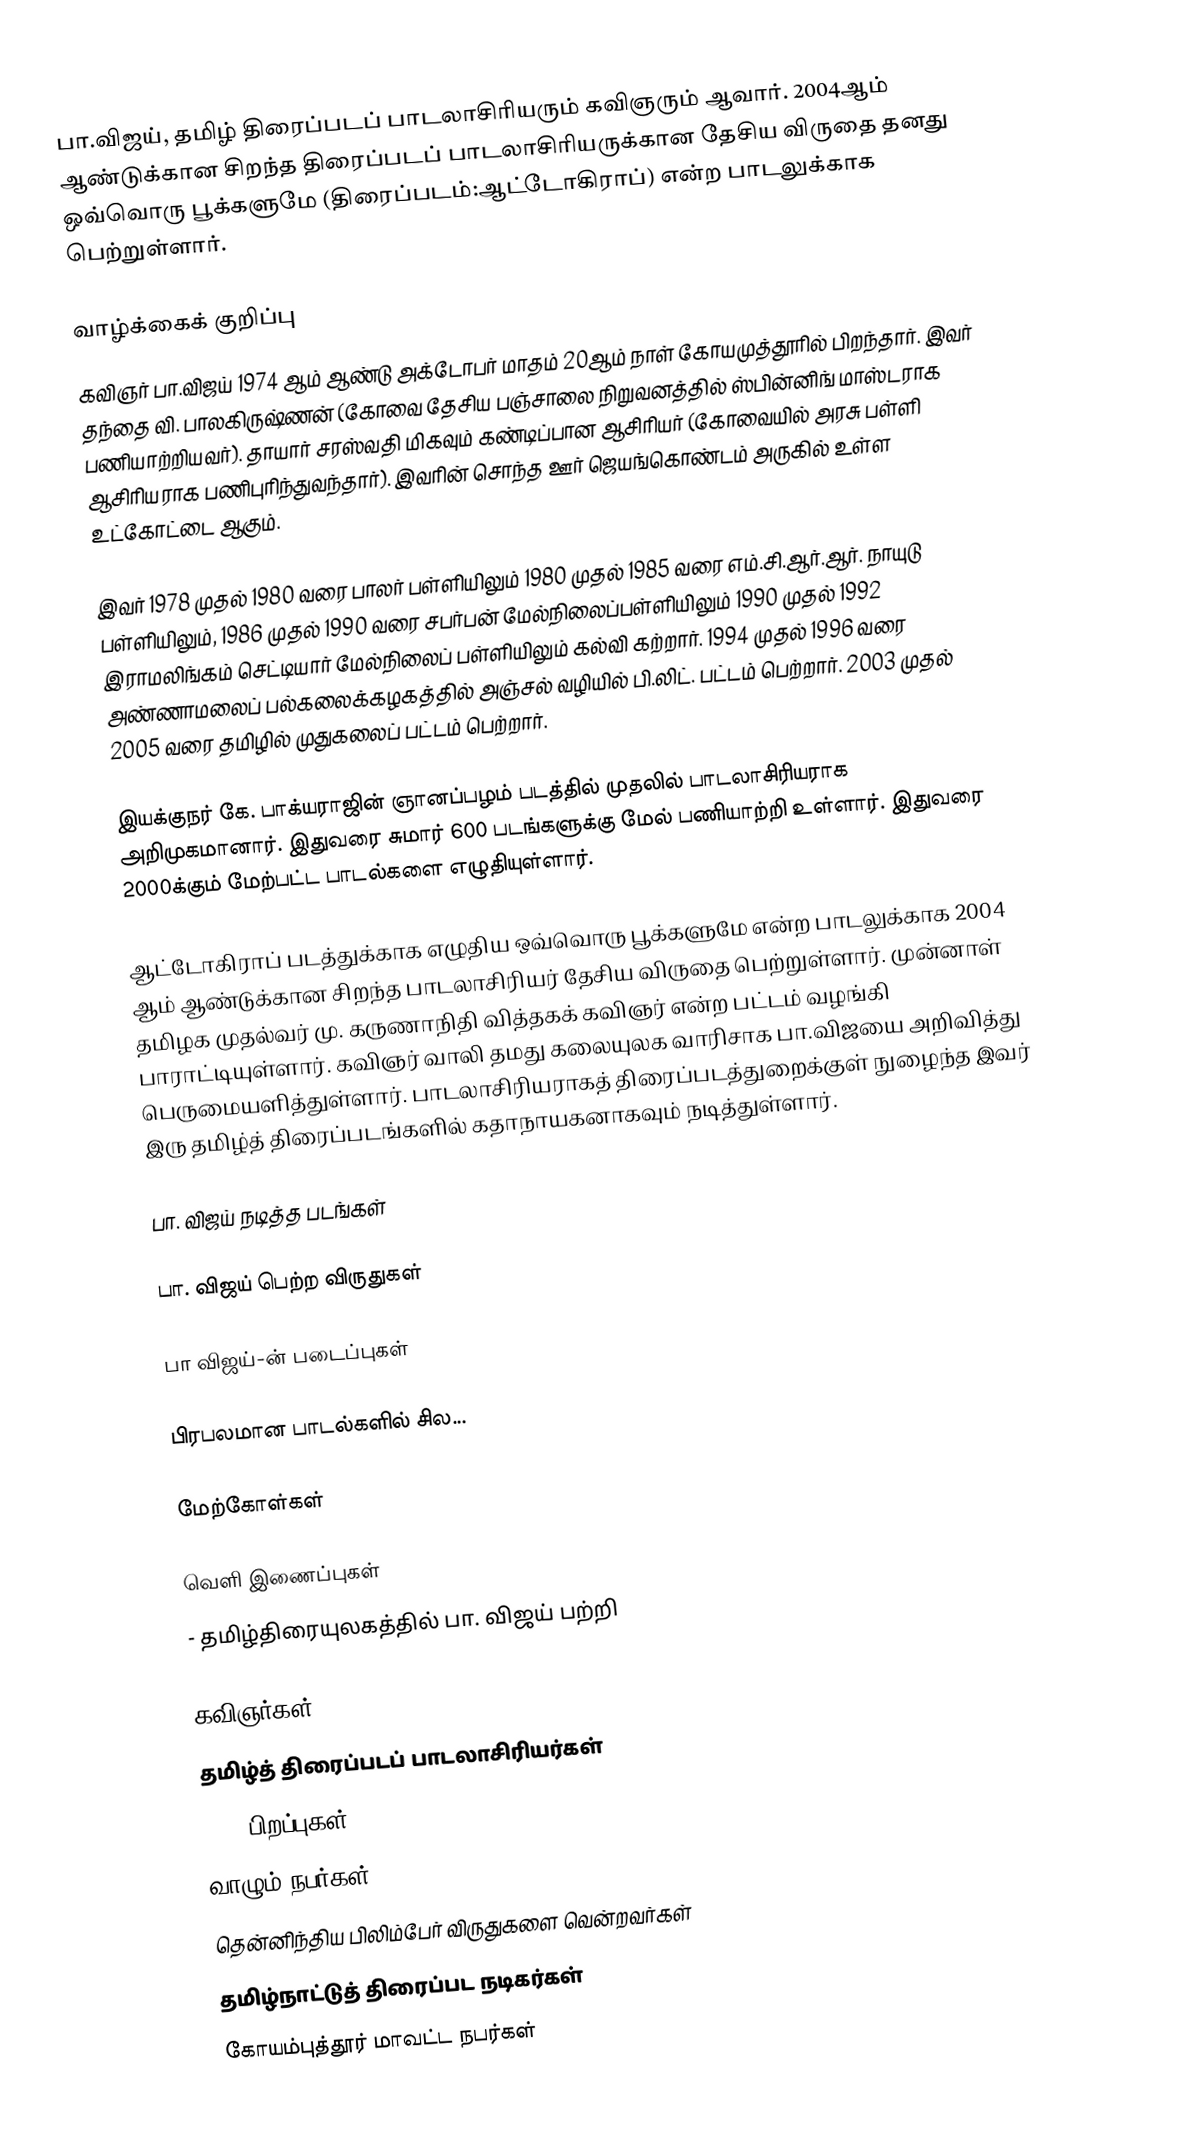
பா.விஜய், தமிழ் திரைப்படப் பாடலாசிரியரும் கவிஞரும் ஆவார். 2004ஆம் ஆண்டுக்கான சிறந்த திரைப்படப் பாடலாசிரியருக்கான தேசிய விருதை தனது ஒவ்வொரு பூக்களுமே (திரைப்படம்:ஆட்டோகிராப்) என்ற பாடலுக்காக பெற்றுள்ளார்.

வாழ்க்கைக் குறிப்பு
கவிஞர் பா.விஜய் 1974 ஆம் ஆண்டு அக்டோபர் மாதம் 20ஆம் நாள் கோயமுத்தூரில் பிறந்தார். இவர் தந்தை வி. பாலகிருஷ்ணன் (கோவை தேசிய பஞ்சாலை நிறுவனத்தில் ஸ்பின்னிங் மாஸ்டராக பணியாற்றியவர்). தாயார் சரஸ்வதி மிகவும் கண்டிப்பான ஆசிரியர் (கோவையில் அரசு பள்ளி ஆசிரியராக பணிபுரிந்துவந்தார்). இவரின் சொந்த ஊர் ஜெயங்கொண்டம் அருகில் உள்ள உட்கோட்டை ஆகும்.

இவர் 1978 முதல் 1980 வரை பாலர் பள்ளியிலும் 1980 முதல் 1985 வரை எம்.சி.ஆர்.ஆர். நாயுடு பள்ளியிலும், 1986 முதல் 1990 வரை சபர்பன் மேல்நிலைப்பள்ளியிலும் 1990 முதல் 1992 இராமலிங்கம் செட்டியார் மேல்நிலைப் பள்ளியிலும் கல்வி கற்றார். 1994 முதல் 1996 வரை அண்ணாமலைப் பல்கலைக்கழகத்தில் அஞ்சல் வழியில் பி.லிட். பட்டம் பெற்றார். 2003 முதல் 2005 வரை தமிழில் முதுகலைப் பட்டம் பெற்றார்.

இயக்குநர் கே. பாக்யராஜின் ஞானப்பழம் படத்தில் முதலில் பாடலாசிரியராக அறிமுகமானார். இதுவரை சுமார் 600 படங்களுக்கு மேல் பணியாற்றி உள்ளார். இதுவரை 2000க்கும் மேற்பட்ட பாடல்களை எழுதியுள்ளார்.

ஆட்டோகிராப் படத்துக்காக எழுதிய ஒவ்வொரு பூக்களுமே என்ற பாடலுக்காக 2004 ஆம் ஆண்டுக்கான சிறந்த பாடலாசிரியர் தேசிய விருதை பெற்றுள்ளார். முன்னாள் தமிழக முதல்வர் மு. கருணாநிதி வித்தகக் கவிஞர் என்ற பட்டம் வழங்கி பாராட்டியுள்ளார். கவிஞர் வாலி தமது கலையுலக வாரிசாக பா.விஜயை அறிவித்து பெருமையளித்துள்ளார். பாடலாசிரியராகத் திரைப்படத்துறைக்குள் நுழைந்த இவர் இரு தமிழ்த் திரைப்படங்களில் கதாநாயகனாகவும் நடித்துள்ளார்.

பா. விஜய் நடித்த படங்கள்

பா. விஜய் பெற்ற விருதுகள்

பா விஜய்-ன் படைப்புகள்

பிரபலமான பாடல்களில் சில...

மேற்கோள்கள்

வெளி இணைப்புகள்
 - தமிழ்திரையுலகத்தில் பா. விஜய் பற்றி

கவிஞர்கள்
தமிழ்த் திரைப்படப் பாடலாசிரியர்கள்
1974 பிறப்புகள்
வாழும் நபர்கள்
தென்னிந்திய பிலிம்பேர் விருதுகளை வென்றவர்கள்
தமிழ்நாட்டுத் திரைப்பட நடிகர்கள்
கோயம்புத்தூர் மாவட்ட நபர்கள்